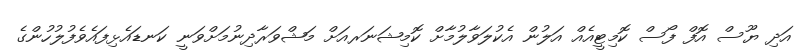
އަދި ޔޫސް އޮފް ފޯސް ކޮމިޓީއެއް އަލުން އެކުލަވާލުމާށް ކޮމިޝަނަރއަށް މަޝްވަރާދިނުމަށްވަނީ ކަނޑައެޅިފައެވެފުލުހުންގެ